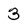
Character: 3